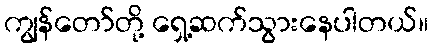
ကျွန်တော်တို့ ရှေ့ဆက်သွားနေပါတယ်။